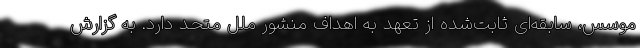
موسس، سابقه‌ای ثابت‌شده از تعهد به اهداف منشور ملل متحد دارد. به گزارش